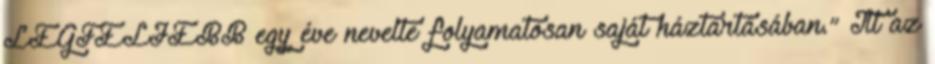
LEGFELJEBB egy éve nevelte folyamatosan saját háztartásában.” Itt az